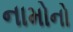
નામોનો